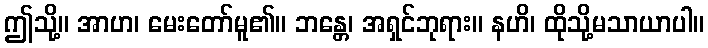
ဤသို့။ အာဟ၊ မေးတော်မူ၏။ ဘန္တေ၊ အရှင်ဘုရား။ နဟိ၊ ထိုသို့မသာယာပါ။